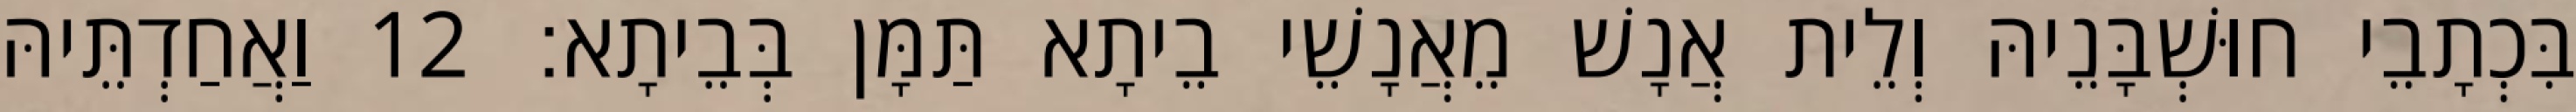
בִּכְתָבֵי חוּשְׁבָּנֵיהּ וְלֵית אֲנָשׁ מֵאֲנָשֵׁי בֵיתָא תַּמָּן בְּבֵיתָא׃ 12 וַאֲחַדְתֵּיהּ